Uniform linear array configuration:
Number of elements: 8
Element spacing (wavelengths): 0.25
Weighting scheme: kaiser
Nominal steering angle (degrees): -15
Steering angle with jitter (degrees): -13.429
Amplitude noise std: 0.05
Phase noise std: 0.05

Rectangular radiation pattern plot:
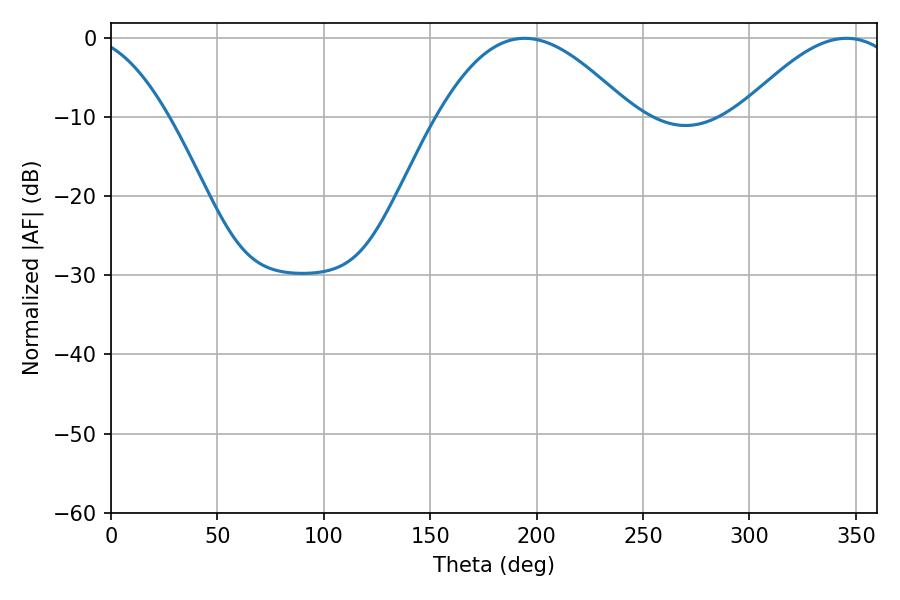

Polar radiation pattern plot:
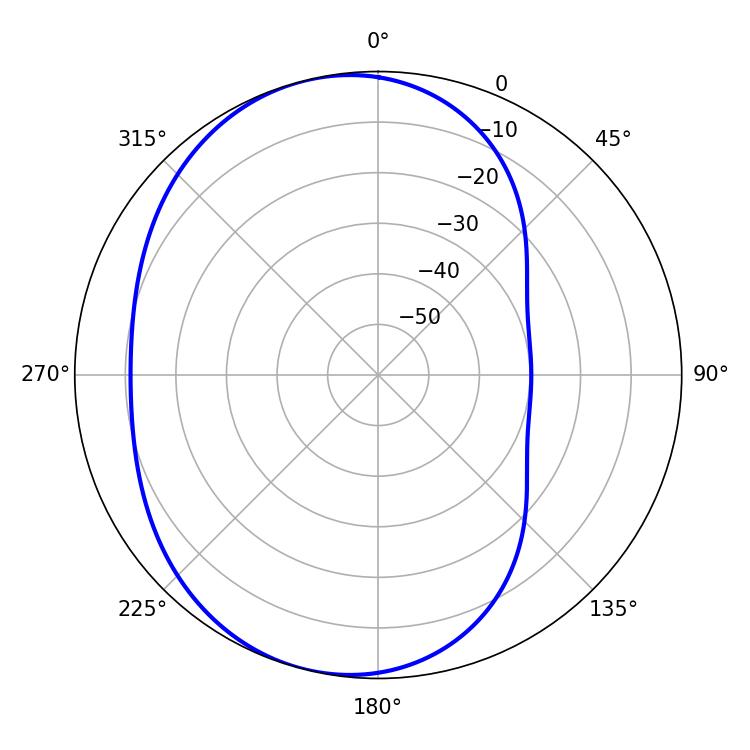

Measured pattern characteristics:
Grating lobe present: FALSE
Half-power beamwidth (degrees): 49.32
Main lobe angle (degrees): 194.4